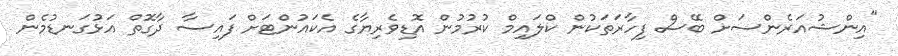
"އިންޝުއަރެންސަށް ބޭސް ފިހާރަތަކުން ކްލައިމް ކުރުމުން އޮޑިވެރިޔާގެ އެކައުންޓަށް ފައިސާ ދާގޮތް އަޅުގަނޑުމެން